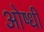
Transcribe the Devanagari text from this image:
ओष्धी